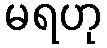
မရဟု